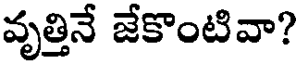
వృత్తినే జేకొంటివా?